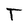
Character: T